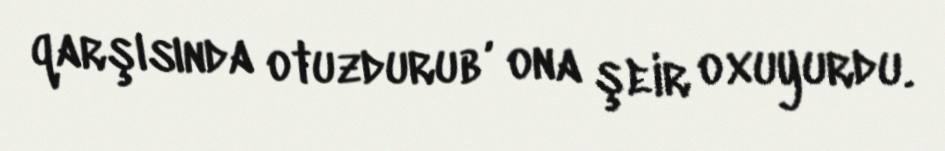
qarşısında otuzdurub , ona şeir oxuyurdu.